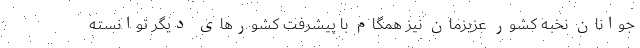
جوانان نخبه کشور عزیزمان نیز همگام با پیشرفت کشورهای دیگر توانسته